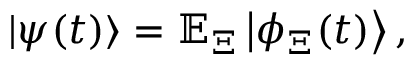
| \psi ( t ) \rangle = \mathbb { E } _ { \Xi } \left| \phi _ { \Xi } ( t ) \right\rangle ,